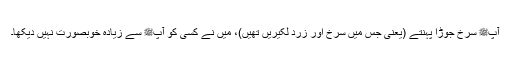
آپﷺ سرخ جوڑا پہنتے (یعنی جس میں سرخ اور زرد لکیریں تھیں)، میں نے کسی کو آپﷺ سے زیادہ خوبصورت نہیں دیکھا۔